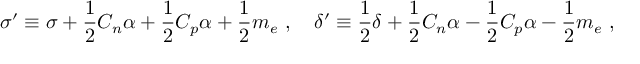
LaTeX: \sigma ^ { \prime } \equiv \sigma + { \frac { 1 } { 2 } } C _ { n } \alpha + { \frac { 1 } { 2 } } C _ { p } \alpha + { \frac { 1 } { 2 } } m _ { e } \ , \quad \delta ^ { \prime } \equiv { \frac { 1 } { 2 } } \delta + { \frac { 1 } { 2 } } C _ { n } \alpha - { \frac { 1 } { 2 } } C _ { p } \alpha - { \frac { 1 } { 2 } } m _ { e } \ ,